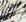
نلنا